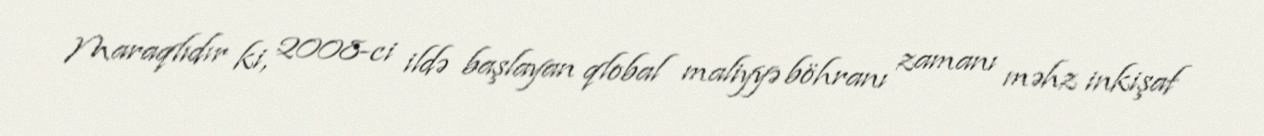
Maraqlıdır ki, 2008-ci ildə başlayan qlobal maliyyə böhranı zamanı məhz inkişaf